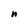
Character: n